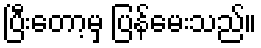
ပြီးတော့မှ ပြန်မေးသည်။